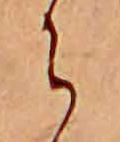
ら